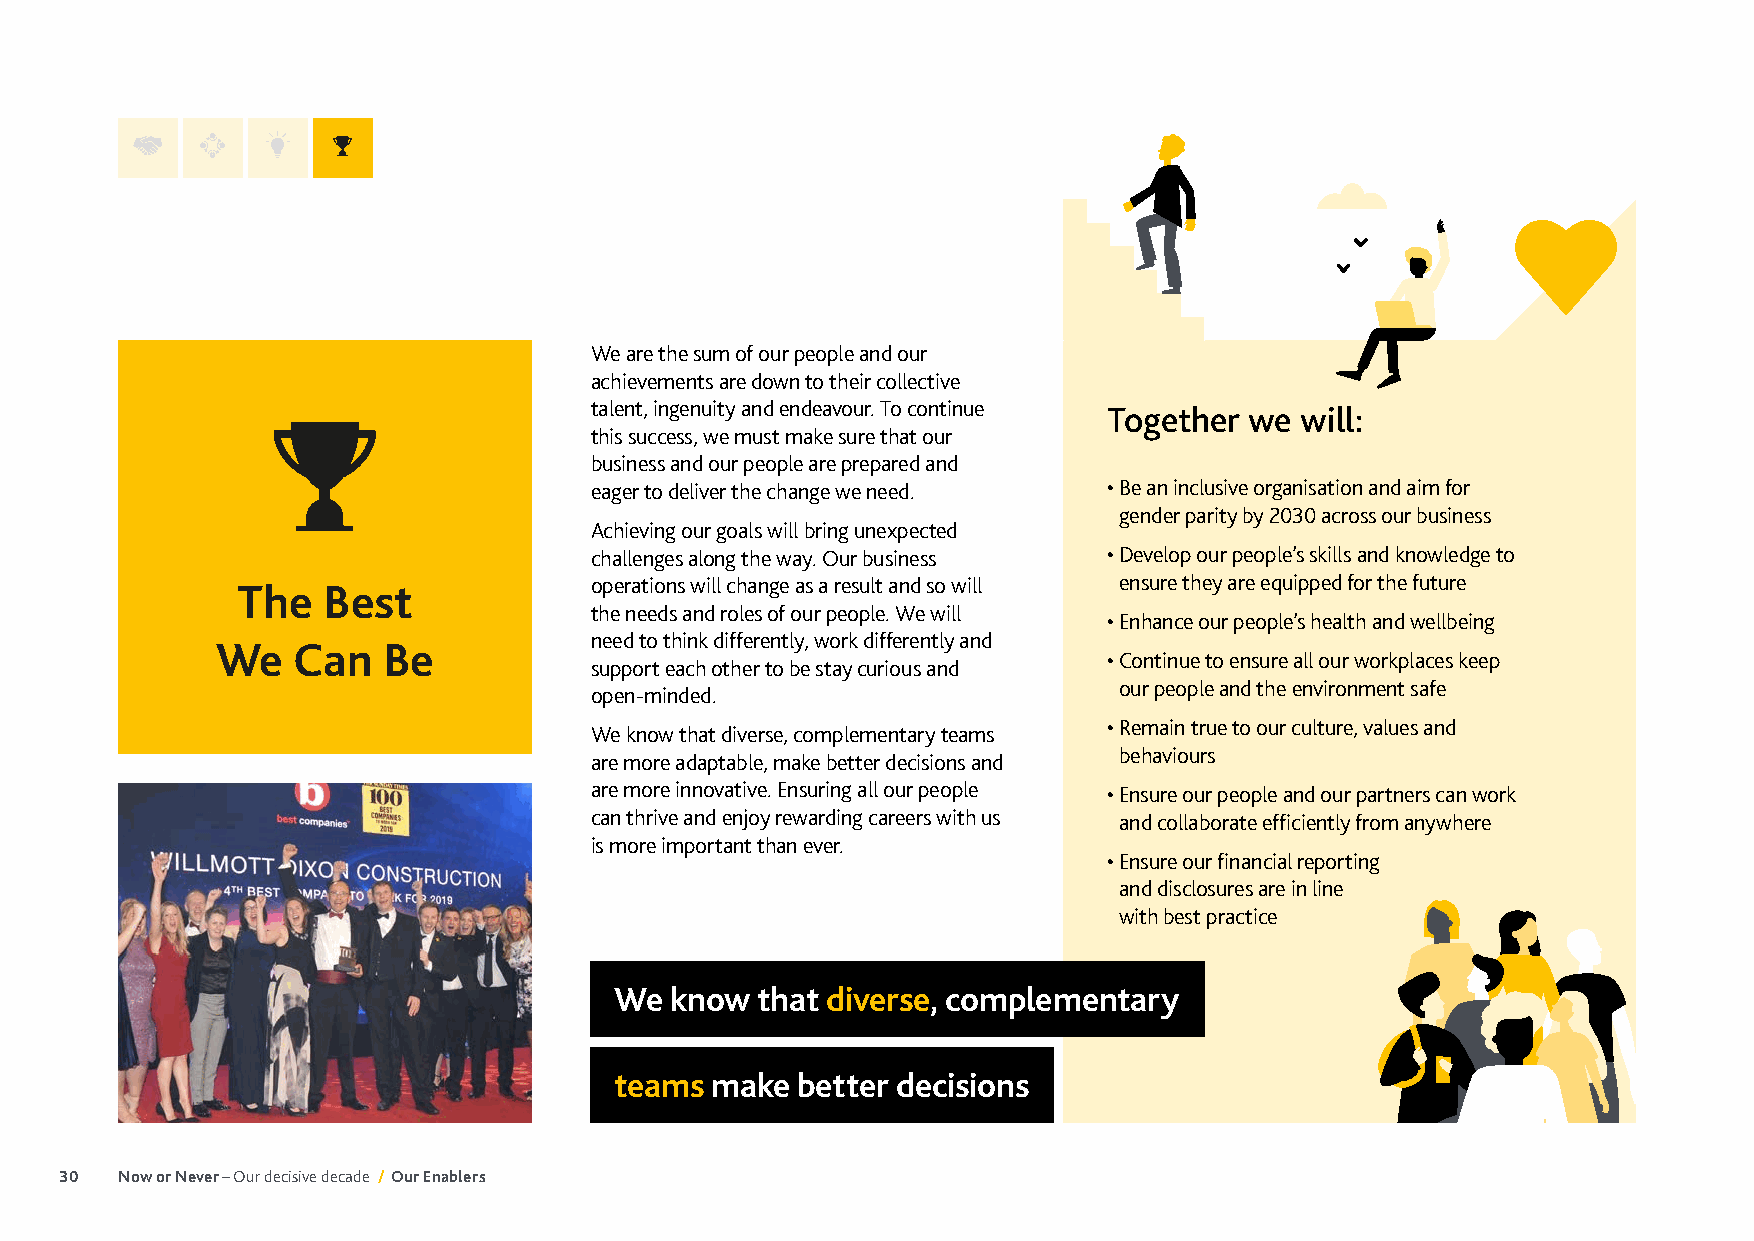
We are the sum of our people and our
 achievements are down to their collective
 talent, ingenuity and endeavour. To continue Together we will:
 this success, we must make sure that our
 business and our people are prepared and
 eager to deliver the change we need. • B e an inclusive organisation and aim for
 gender parity by 2030 across our business
 Achieving our goals will bring unexpected
 challenges along the way. Our business • D evelop our people’s skills and knowledge to
 The  Best              operations will change as a result and so will ensure they are equipped for the future
 the needs and roles of our people. We will
 • Enhance our people’s health and wellbeing
 need to think differently, work differently and
 We   Can   Be
 • C ontinue to ensure all our workplaces keep
 support each other to be stay curious and
 our people and the environment safe
 open-minded.
 • R emain true to our culture, values and
 We know that diverse, complementary teams
 behaviours
 are more adaptable, make better decisions and
 are more innovative. Ensuring all our people • E nsure our people and our partners can work
 can thrive and enjoy rewarding careers with us and collaborate efficiently from anywhere
 is more important than ever.
 • E nsure our financial reporting
 and disclosures are in line
 with best practice
 We know  that diverse, complementary
 teams make  better decisions
 30  Now or Never – Our decisive decade / Our Enablers